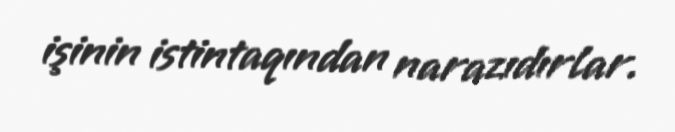
işinin istintaqından narazıdırlar.